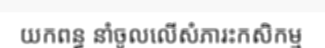
យកពន្ធ នាំចូលលើសំភារះកសិកម្ម